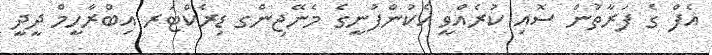
އެފް ގެ ފަރާތުން ސޮއި ކުރެއްވީ އެކުންފުނީގެ މެނޭޖިންގ ޑިރެކްޓަރ އިބްރާހީމް ދީދީ